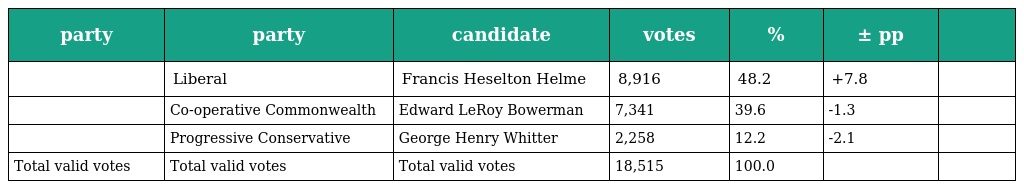
| party | party | candidate | votes | % | ± pp |  |
 | --- | --- | --- | --- | --- | --- | --- |
 |  | Liberal | Francis Heselton Helme | 8,916 | 48.2 | +7.8 |  |
 |  | Co-operative Commonwealth | Edward LeRoy Bowerman | 7,341 | 39.6 | -1.3 |  |
 |  | Progressive Conservative | George Henry Whitter | 2,258 | 12.2 | -2.1 |  |
 | Total valid votes | Total valid votes | Total valid votes | 18,515 | 100.0 |  |  |